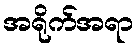
အရိုက်အရာ